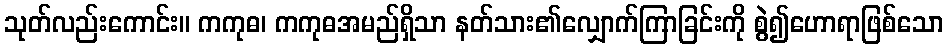
သုတ်လည်းကောင်း။ ကကုဓ၊ ကကုဓအမည်ရှိသာ နတ်သား၏လျှောက်ကြာခြင်းကို စွဲ၍ဟောရာဖြစ်သော